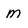
Character: m